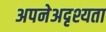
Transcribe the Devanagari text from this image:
अपनेअदृश्यता